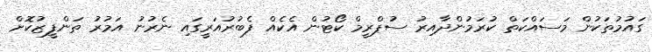
ގައުމުތަކުން މަސައްކަތް ކުރަމުންދާއިރު ސުޕްރީމް ކޯޓުން އެކެއް ފެބުރުއަރީގައި ނެރުނު އަމުރު ތަންފީޒުކޮށް